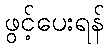
ဖွင့်ပေးရန်